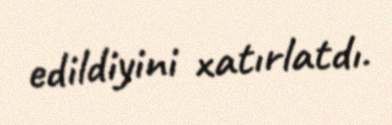
edildiyini xatırlatdı.